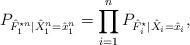
LaTeX: \begin{align*}P_{\hat{F}_1^{\star n} | \hat{X}_1^n = \hat{x}_1^n} = \prod_{i=1}^n P_{\hat{F}_i^{\star} | \hat{X}_i = \hat{x}_i},\end{align*}